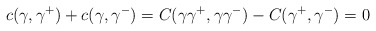
\begin{align*} c(\gamma,\gamma^+)+c(\gamma,\gamma^-)=C(\gamma \gamma^+,\gamma \gamma^{-})-C(\gamma^+,\gamma^-)=0\end{align*}